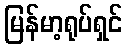
မြန်မာ့ရုပ်ရှင်